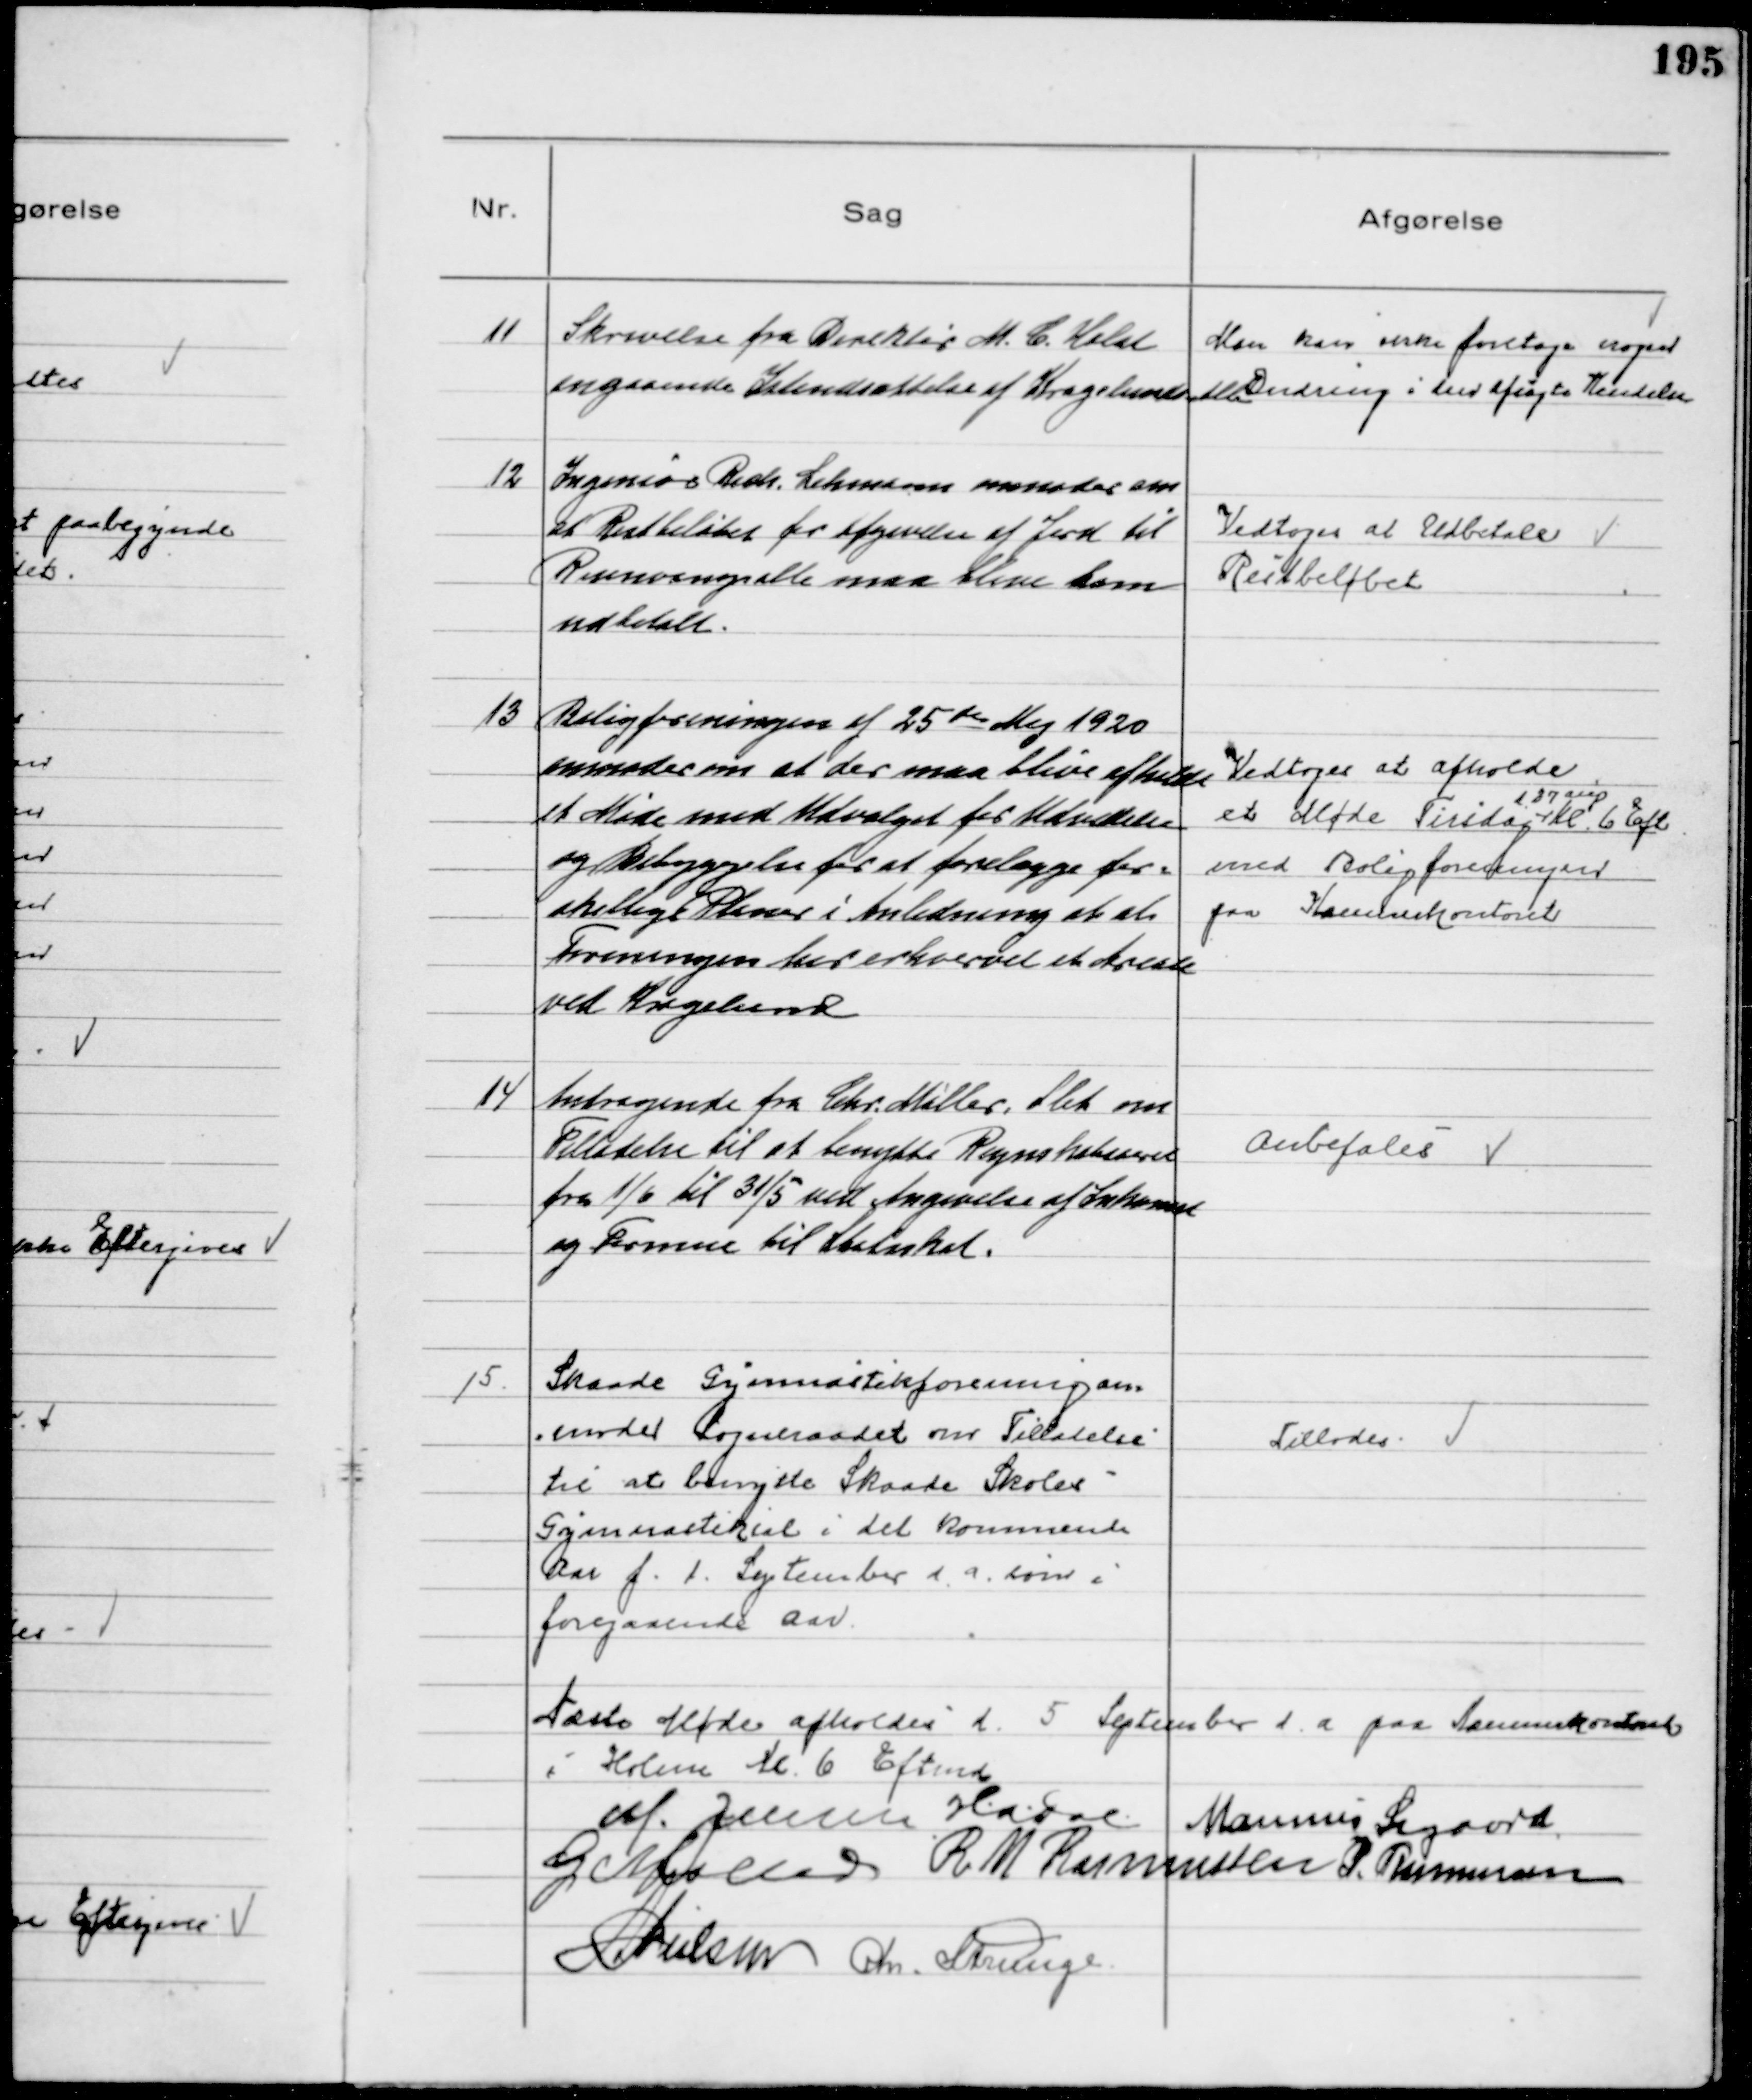
Transskription:
11
Skrivelse fra Direktør M. C. Holst
angaaende Istandsættelse af Kragelunds Alle
Man kan ikke foretage nogen
Ændring i den afsagte Kendelse

12
Ingeniør Rich. Lehmann anmoder om
at Restbeløbet for afgivelse af Jord til
Rosenvangsalle maa blive ham
udbetalt.

Vedtoges at Udbetale
Restbeløbet

13
Boligforeningen af 25 de Maj 1920
anmoder om at der maa blive afholdt
et Møde med Udvalget for Udvidelse
og Bebyggelse for at forelægge for=
skellige Planer i Anledning af at
Foreningen har erhvervet et Areale
ved Kragelund
Vedtoges at afholde
et Møde Tirsdag
d. 27 Aug
Kl. 6 Eft
med Boligforeningen
paa Kæmnerkontoret

14
Andragende fra Chr. Møller, Slet om
Tilladelse til at benytte Regnskabsaaret
fra 1/6 til 31/5 ved Angivelse af Inkomst
og Formue til Statsskat.

Anbefales

15.
Skaade Gymnastikforening an-
-moder Sogneraadet om Tilladelse
til at benyttte Skaade Skoles
Gymnastiksal i det kommende
Aar f. 1. September d. a. som i
foregaaende Aar.

Tillodes.

Næste Møde afholdes d. 5 September d. a. paa Kæmnerkontoret
i Holme Kl. 6 Eftmd
M. Jensen H.A. Dal Marinus Sigaard
G Møller R M Rasmussen P. Rasmussen
N Nielsen Chr. Strunge